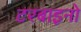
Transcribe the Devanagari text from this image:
टरबाइनो